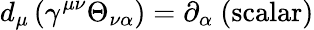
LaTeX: d_{\mu}\left(\gamma^{\mu\nu}\Theta_{\nu\alpha}\right)=\partial_{\alpha}\mathrm{~(scalar)}